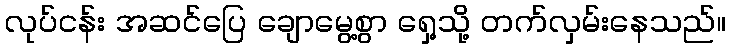
လုပ်ငန်း အဆင်ပြေ ချောမွေ့စွာ ရှေ့သို့ တက်လှမ်းနေသည်။